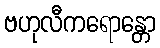
ဗဟုလီကရောန္တော